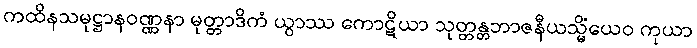
ကထိနသမုဋ္ဌာနဝဏ္ဏနာ မုတ္တာဒိကံ ယွာဿ ကောဋိယာ သုတ္တန္တဘာဇနီယသ္မိံယေဝ ကုယာ